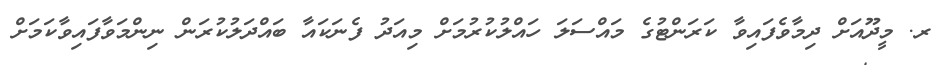
ރ. މީދޫއަށް ދިމާވެފައިވާ ކަރަންޓުގެ މައްސަލަ ހައްލުކުރުމަށް މިއަދު ފެނަކައާ ބައްދަލުކުރަން ނިންމަވާފައިވާކަމަށް